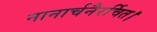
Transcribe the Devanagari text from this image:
नानार्चनैरर्चित।